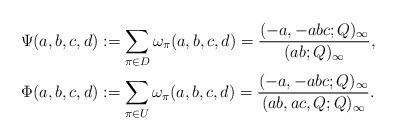
LaTeX: \begin{align*} \Psi(a,b,c,d) &:= \sum_{\pi\in D} \omega_\pi(a,b,c,d) = \frac{(-a,-abc;Q)_\infty}{(ab;Q)_\infty},\\\Phi(a,b,c,d) &:= \sum_{\pi\in U} \omega_\pi(a,b,c,d) = \frac{(-a,-abc;Q)_\infty}{(ab,ac,Q;Q)_\infty}.\end{align*}